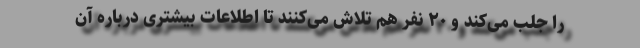
را جلب می‌کند و ۲۰ نفر هم تلاش می‌کنند تا اطلاعات بیشتری درباره آن